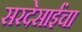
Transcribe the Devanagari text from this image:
सरदेसाईंचा